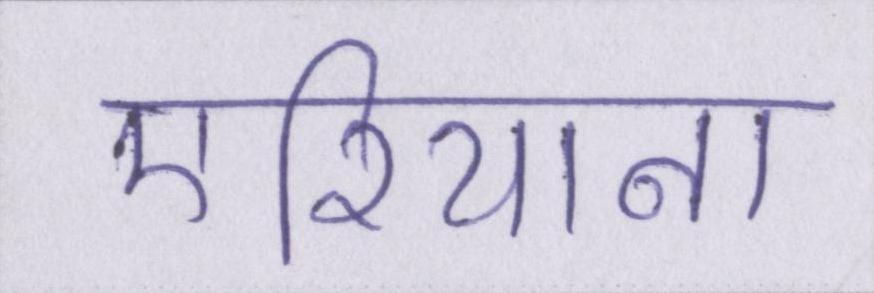
एरियाना